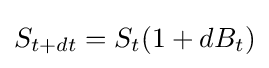
S_{t+dt}=S_{t}(1+dB_{t})